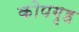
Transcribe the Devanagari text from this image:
कोपगृह